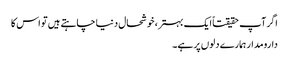
اگر آپ حقیقتاً ایک بہتر، خوشحال دنیا چاہتے ہیں تو اس کا
دارومدار ہمارے دلوں پر ہے۔